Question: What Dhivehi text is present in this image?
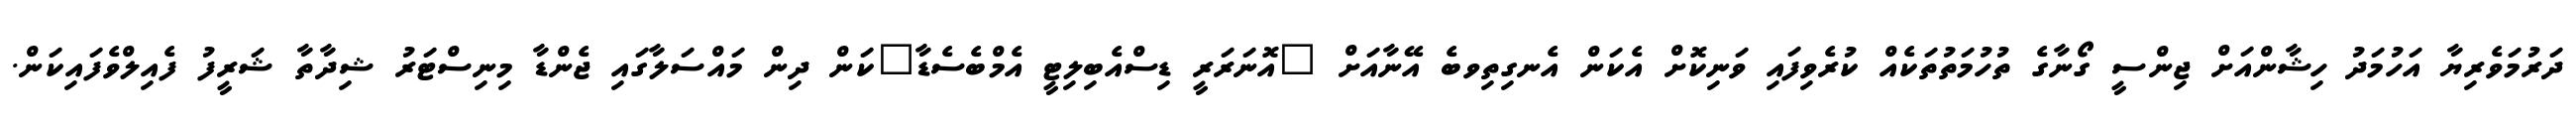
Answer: ދަރުމަވެރިޔާ އަހުމަދު ހިޝާންއަށް ޖިންސީ ގޯނާގެ ތުހުމަތުތަކެއް ކުރެވިފައި ވަނިކޮށް އެކަން އެނގިތިވބެ އޭނާއަށް "އޮނަރަރީ ޑިސްއެބިލިޓީ އެމްބެސެޑާ"ކަން ދިން މައްސަލާގައި ޖެންޑާ މިނިސްޓަރު ޝިދާތާ ޝަރީފު ފެއިލްވެފައިކަން.